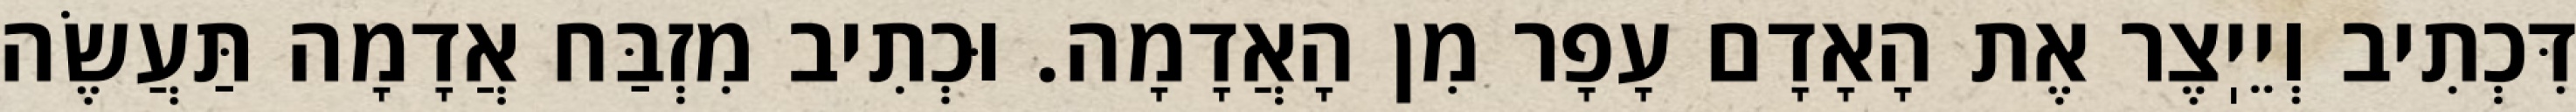
דִּכְתִיב וְיֵיֽצֶר אֶת הָאָדָם עָפָר מִן הָאֲדָמָה. וּכְתִיב מִזְבַּח אֲדָמָה תַּעֲשֶׂה